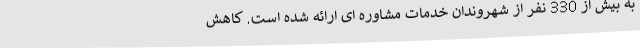
به بیش از 330 نفر از شهروندان خدمات مشاوره ای ارائه شده است. کاهش